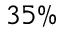
3 5 \%